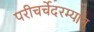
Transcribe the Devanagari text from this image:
परीचर्चेदरम्यान